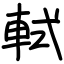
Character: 軾